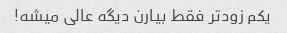
یکم زودتر فقط بیارن دیگه عالی میشه!